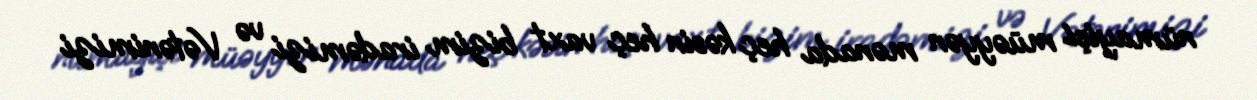
nümayişi müəyyən mənada heç kəsin heç vaxt bizim iradəmizi və Vətənimizi